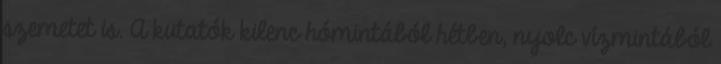
szemetet is. A kutatók kilenc hómintából hétben, nyolc vízmintából